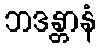
ဘဒန္တာနံ